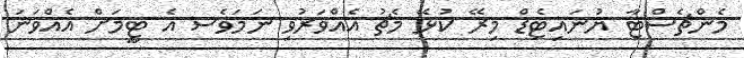
މެންޗެސްޓާ ޔުނައިޓެޑް މިރޭ ކުޅޭ މެޗު އެއްވަރުވި ނަމަވެސ އެ ޓީމަށް އެެއްވަނަ